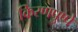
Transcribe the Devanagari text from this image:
किरणपुष्पे